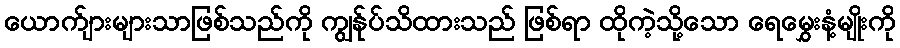
ယောက်ျားများသာဖြစ်သည်ကို ကျွန်ုပ်သိထားသည် ဖြစ်ရာ ထိုကဲ့သို့သော ရေမွှေးနံ့မျိုးကို